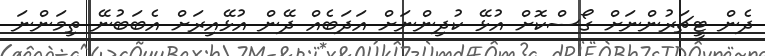
ދެން ޓީޗަރުންނަށް ގޯސްކޮށް އުޅޭ ކުދިންނަށް އަދަބެއް ދޭން އުޅޭއިރަށް އެބަބުނޭ ތިމަންނަ